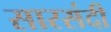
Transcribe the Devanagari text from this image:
सारसंदी